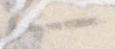
へ